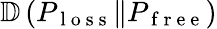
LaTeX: \mathbb{D}\left(P_{\mathrm{~l~o~s~s~}}\Vert P_{\mathrm{~f~r~e~e~}}\right)